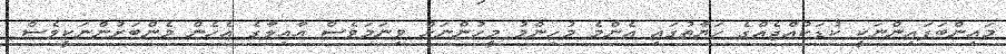
މައިންބަފައިންނަކީ ކުޑަކުއްޖެއްގެ ހަޔާތުގައި އެންމެ މުހިންމު މީހުންނަށް ވިނަމަވެސް އާއިލާގެ އެހެން މެންބަރުންނަކީވެސް